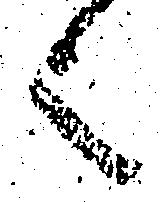
之